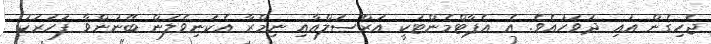
ޖެހިގެން އައި ދުވަހުއެވެ. އެ އެޕާޓްމެންޓަކީ އަރްސަލްއާއި ނިމްރާ އެކަނިވެލަން ބޭނުންވާ ފަހަރަކު